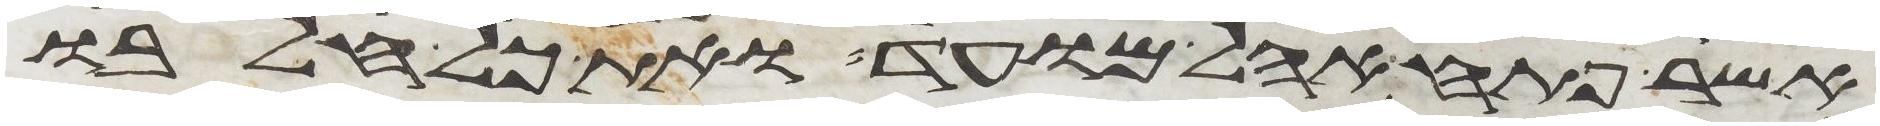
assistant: אשר פתח אהל מועד ואת כל חלבו